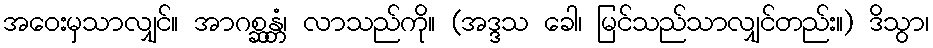
အဝေးမှသာလျှင်။ အာဂစ္ဆန္တံ၊ လာသည်ကို။ (အဒ္ဒသ ခေါ၊ မြင်သည်သာလျှင်တည်း။) ဒိသွာ၊